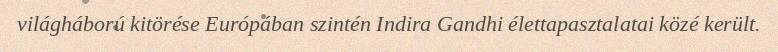
világháború kitörése Európában szintén Indira Gandhi élettapasztalatai közé került.